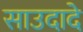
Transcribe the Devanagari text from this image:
साउदादे